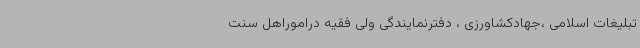
تبلیغات اسلامی ،جهادکشاورزی ، دفترنمایندگی ولی فقیه دراموراهل سنت